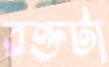
রক্তটা